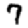
Digit: 7